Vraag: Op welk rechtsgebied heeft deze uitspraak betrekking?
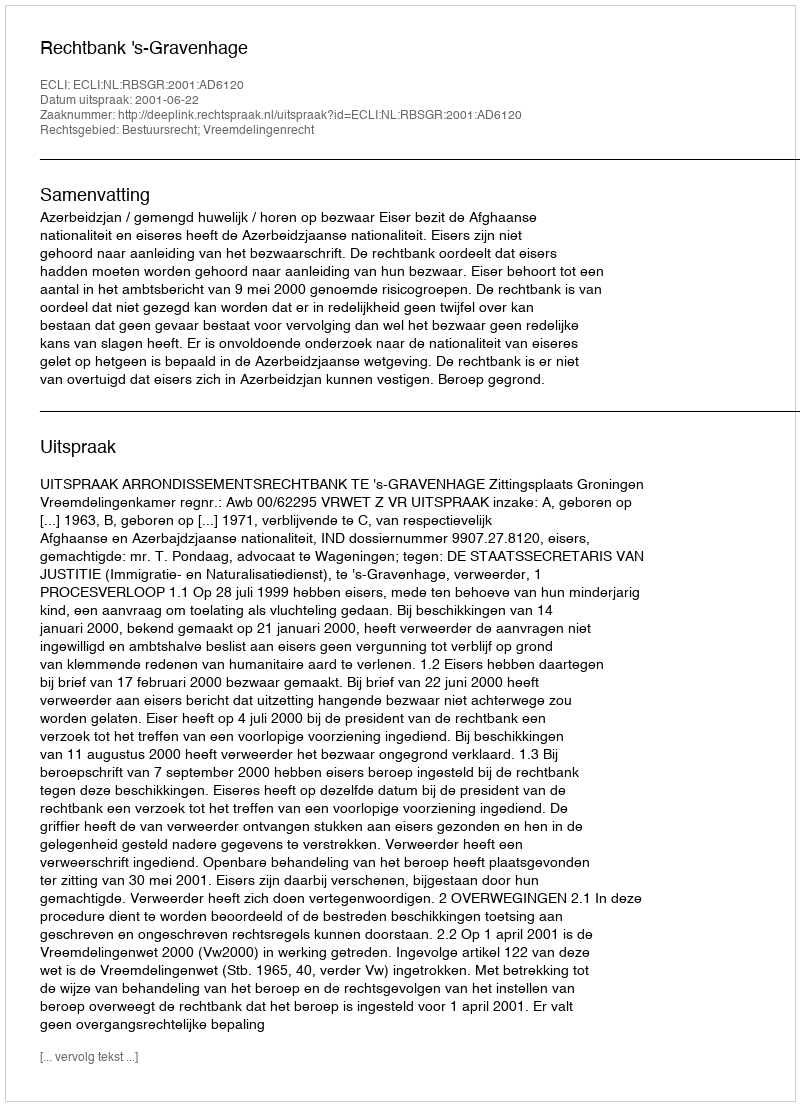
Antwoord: Bestuursrecht; Vreemdelingenrecht